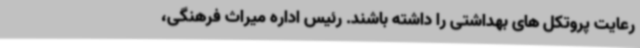
رعایت پروتکل های بهداشتی را داشته باشند. رئیس اداره میراث فرهنگی،